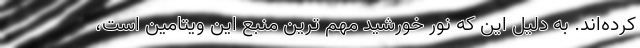
کرده‌اند. به دلیل این که نور خورشید مهم ترین منبع این ویتامین است،